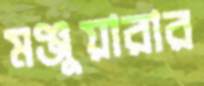
মঞ্জুয়ারার